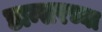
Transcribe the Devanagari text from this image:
डान्सरच्या